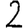
Digit: 2